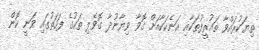
ތިޔަކުރައްވާ ތައުރީފުތަކާއި އަނެކަކާއަށް ގޮވާ ވިޔާނުދާ ގޮވެލި ތަކުގެ ފަހަތުގައި ވަނީ ކޮން